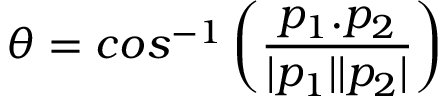
\theta = c o s ^ { - 1 } \left( \frac { p _ { 1 } . p _ { 2 } } { | p _ { 1 } | | p _ { 2 } | } \right)